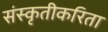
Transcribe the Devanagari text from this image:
संस्कृतीकरिता